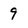
Character: 9